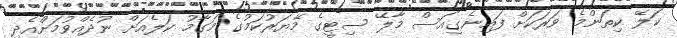
ކަލޭ ކިތަންމެ ވަރަކަށް ފައިނެގިއަސް މާލޭ ސިޓީގެ މޭޔަރުކަމުގެ މަގާމު ކަލެއަށް ނުދެއްވުމަށްއެދި